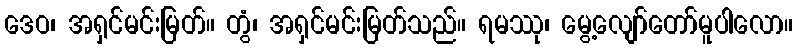
ဒေဝ၊ အရှင်မင်းမြတ်။ တွံ၊ အရှင်မင်းမြတ်သည်။ ရမဿု၊ မွေ့လျော်တော်မူပါလော။